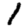
Digit: 1